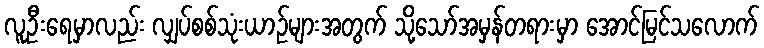
လူဦးရေမှာလည်း လျှပ်စစ်သုံးယာဉ်များအတွက် သို့သော်အမှန်တရားမှာ အောင်မြင်သလောက်